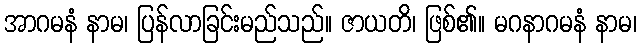
အာဂမနံ နာမ၊ ပြန်လာခြင်းမည်သည်။ ဇာယတိ၊ ဖြစ်၏။ မဂနာဂမနံ နာမ၊